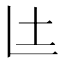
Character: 𮰙